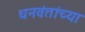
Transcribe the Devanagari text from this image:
धनवंतांच्या